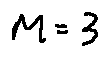
M = 3